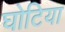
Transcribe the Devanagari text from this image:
घोटिया